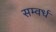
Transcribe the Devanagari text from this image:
सम्वर्ध